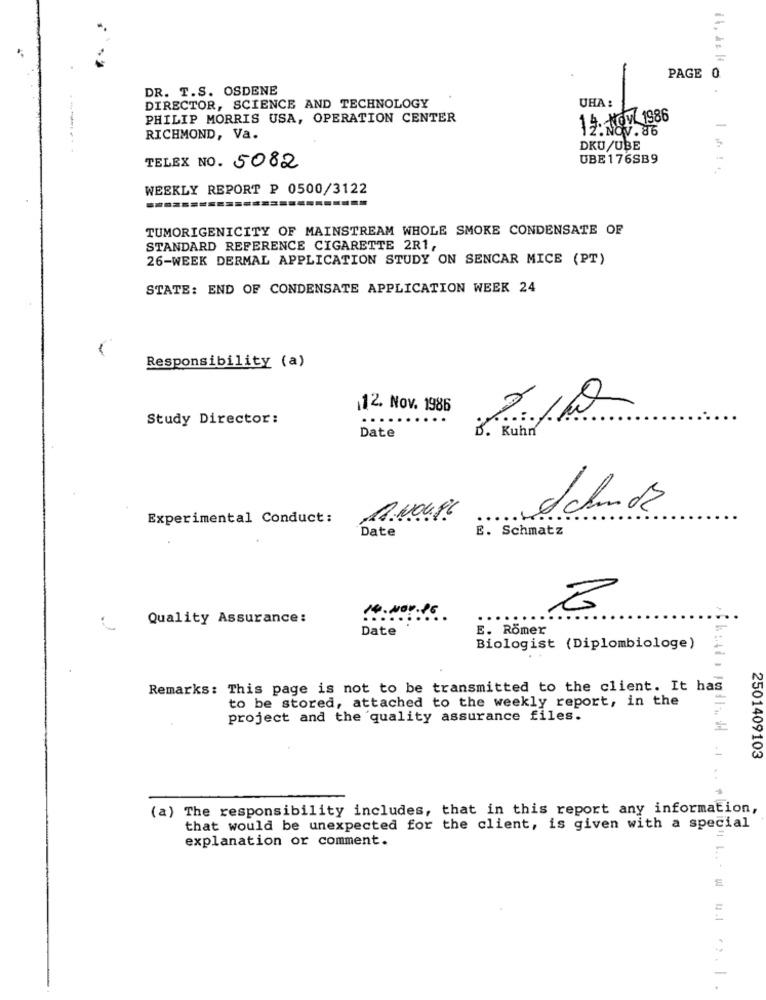
PAGE 0
DR. T.S. OSDENE
UHA :
DIRECTOR, SCIENCE AND TECHNOLOGY
PHILIP MORRIS USA, OPERATION CENTER
12:NOV.86
-
RICHMOND, Va.
DKU/UBE
UBE176SB9
TELEX NO. 5082
WEEKLY REPORT P 0500/3122
TUMORIGENICITY OF MAINSTREAM WHOLE SMOKE CONDENSATE OF
STANDARD REFERENCE CIGARETTE 2R1,
26-WEEK DERMAL APPLICATION STUDY ON SENCAR MICE (PT)
STATE: END OF CONDENSATE APPLICATION WEEK 24
Responsibility (a)
12. Nov. 1986
Study Director:
B. Kuhn
Date
Experimental Conduct:
18.NOUS!
....
Date
E. Schmatz
Quality Assurance:
Date
E. Römer
Biologist (Diplombiologe)
Remarks: This page is not to be transmitted to the client. It has
to be stored, attached to the weekly report, in the
project and the quality assurance files.
01409
.1
(a) The responsibility includes, that in this report any information,
that would be unexpected for the client, is given with a special
explanation or comment.